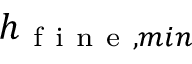
h _ { \mathrm { ~ f ~ i ~ n ~ e ~ } , m i n }